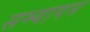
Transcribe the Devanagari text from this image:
सम्यापन